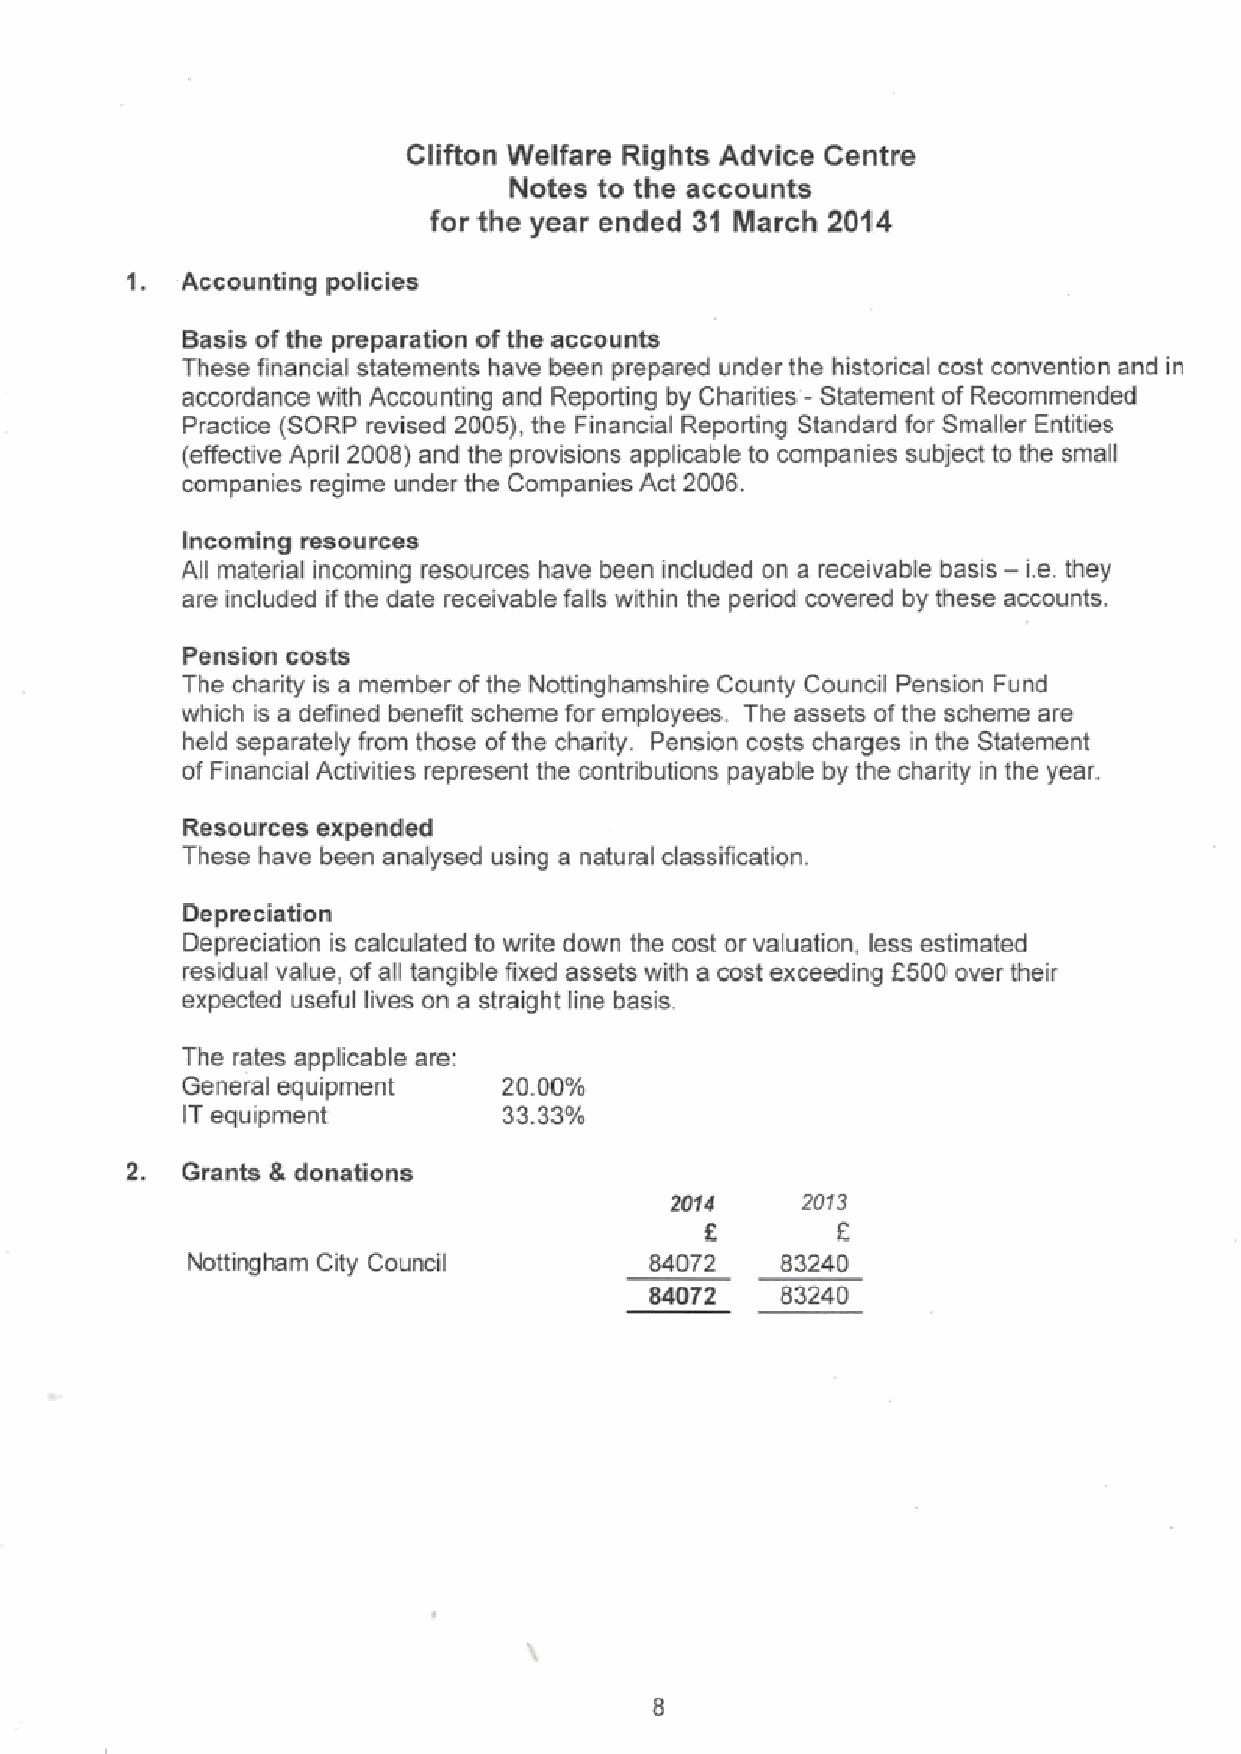
Clifton Welfare Rights Advice Centre
 Notes to the accounts
 for the year ended 31 March 2014
 1.  Accounting policies
 Sasis ofthe preparation ofthe account
 These financial statements have been prepared under the historical cast canvention and in
 accordance with Accounting and Reporting by Charities- Statement of Recommended
 Practice (SORP revised 2005), the Financial Reporting Standard far Smaller Entities
 (effective April 2008) and the provisions applicable to companies subject to the small
 companies regime under the Companies Act 2006.
 incoming resources
 All material incoming resources have been included on a receivable basis- i.e. they
 are included ifthe date receivable falls within the period covered by these accounts,
 Pension costs
 The charity is a member ofthe Nottingharnshire County Council Pension Fund
 which is a defined benefit scheme for employees. The assets ofthe scheme are
 held separately fram those af the charity. Pension costs charges in the Statement
 of Financial Activities represent the contributions payable by the charity in the year.
 Resources expended
 These have been analysed using a natural classification.
 Depreciation
 Depreciation is calculated to write down the cast or valuation, less estimated
 residual value, af all tangible fixed assets with a cost exceeding f500 over their
 expected useful lives an a straight line basis.
 The rates applicable are.
 General equipment    20.00%
 IT equipment         33.33%
 2.  Grants 8 donations
 2054     2cr3
 Nottingham City Council        84072    63240
 84072    83240